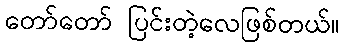
တော်တော် ပြင်းတဲ့လေဖြစ်တယ်။